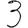
Digit: 3